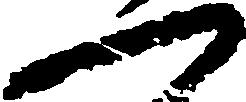
一